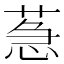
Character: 𦳌